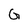
Character: G